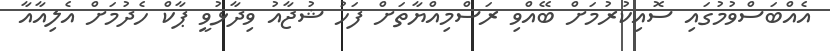
އެއްބަސްވުމުގައި ސޮއިކުރުމަށް ބޭއްވި ރަސްމިއްޔާތަށް ފަހު ޝުޖާއު ވިދާޅުވީ ޕާކް ހެދުމަށް އެލިއާއާ